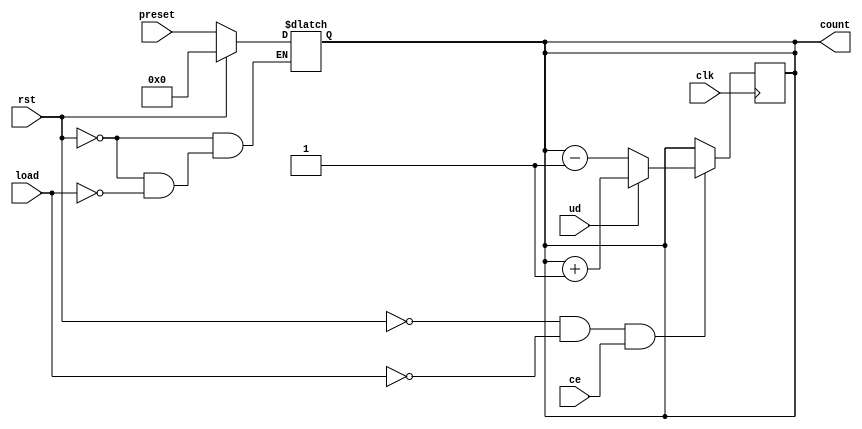
module async_load_counter (
    input wire clk,           // Clock signal
    input wire rst,           // Asynchronous reset
    input wire load,          // Asynchronous load
    input wire ce,            // Count enable
    input wire ud,            // Up/Down control
    input wire [7:0] preset,  // Preset value (8-bit, adjust size as necessary)
    output reg [7:0] count    // Counter value (8-bit, adjust size as necessary)
);

// Asynchronous reset
always @* begin
    if (rst) begin
        count = 8'b0; // Clear counter
    end else if (load) begin
        count = preset; // Load preset value
    end
end

// Synchronous counting logic
always @(posedge clk) begin
    if (!rst && !load && ce) begin
        if (ud) begin
            count <= count + 1; // Increment
        end else begin
            count <= count - 1; // Decrement
        end
    end
end

endmodule